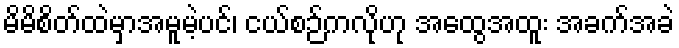
မိမိစိတ်ထဲမှာအမူမဲ့ပင်၊ ငယ်စဉ်ကလိုဟု အထွေအထူး အခက်အခဲ